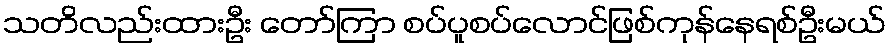
သတိလည်းထားဦး တော်ကြာ စပ်ပူစပ်လောင်ဖြစ်ကုန်နေရစ်ဦးမယ်